Civil Veterinary Dept. Bombay admin report 1907-1913 - 1907-1913
Year: 1907
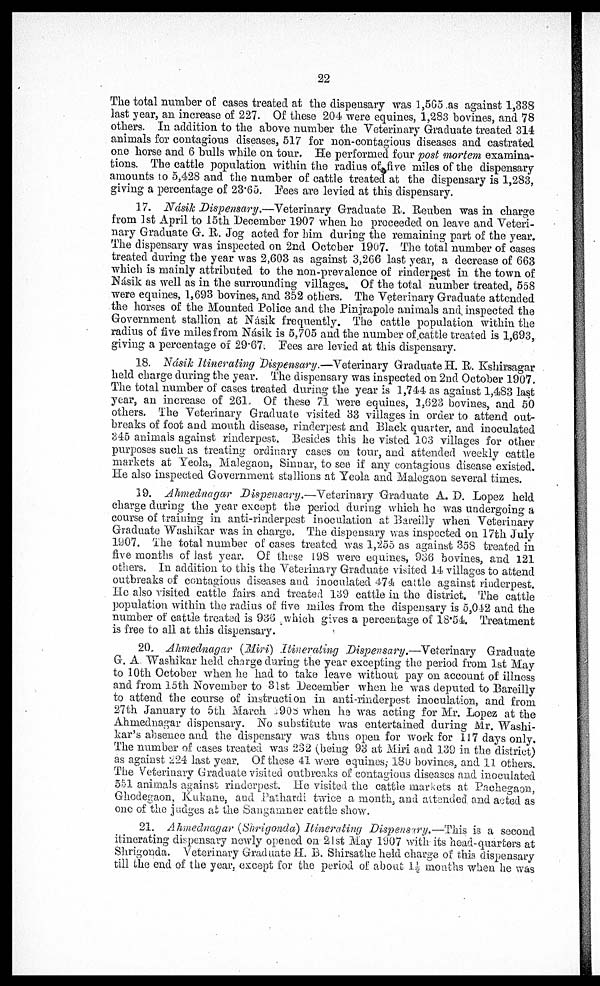
22
The total number of eases treated at the dispensary was 1,565 as against 1,338
last year, an increase of 227. Of these 204 were equines, 1,283 bovines, and 78
others. In addition to the above number the Veterinary Graduate treated 314
animals for contagious diseases, 517 for non-contagious diseases and castrated
one horse and 6 bulls while on tour. He performed four post mortem examina-
tions. The cattle population within the radius of five miles of the dispensary
amounts to 5,428 and the number of cattle treated at the dispensary is 1,283,
giving a percentage of 23.65. Fees are levied at this dispensary.
17. Násik Dispensary.—Veterinary Graduate R. Reuben was in charge
from 1st April to 15th December 1907 when he proceeded on leave and Veteri-
nary Graduate G. R. Jog acted for him during the remaining part of the year.
The dispensary was inspected on 2nd October 1907. The total number of cases
treated during the year was 2,603 as against 3,266 last year, a decrease of 663
which is mainly attributed to the non-prevalence of rinderpest in the town of
Násik as well as in the surrounding villages. Of the total number treated, 558
were equines, 1,693 bovines, and 352 others. The Veterinary Graduate attended
the horses of the Mounted Police and the Pinjrapole animals and. inspected the
Government stallion at Násik frequently. The cattle population within the
radius of five miles from Násik is 5,705 and the number of cattle treated is 1,693,
giving a percentage of 29.67. Pees are levied at this dispensary.
18. Násik Itinerating Dispensary.—Veterinary Graduate H. R. Kshirsagar
held charge during the year. The dispensary was inspected on 2nd October 1907.
The total number of cases treated during the year is 1,744 as against 1,483 last
year, an increase of 261. Of these 71 were equines, 1,623 bovines, and 50
others. The Veterinary Graduate visited 33 villages in order to attend out-
breaks of foot and mouth disease, rinderpest and Black quarter, and inoculated
345 animals against rinderpest. Besides this he visted 103 villages for other
purposes such as treating ordinary cases on tour, and attended weekly cattle
markets at Yeola, Malegaon, Sinnar, to see if any contagious disease existed.
He also inspected Government stallions at Yeola and Malegaon several times.
19. Ahmednagar Dispensary.—Veterinary Graduate A. D. Lopez held
charge during the year except the period during which he was undergoing a
course of training in anti-rinderpest inoculation at Bareilly when Veterinary
Graduate Washikar was in charge. The dispensary was inspected on 17th July
1907. The total number of cases treated was 1,255 as against 358 treated in
five months of last year. Of these 198 were equines, 936 bovines, and 121
others. In addition to this the Veterinary Graduate visited 14 villages to attend
outbreaks of contagious diseases and inoculated 474 cattle against rinderpest.
He also visited cattle fairs and treated 139 cattle in the district. The cattle
population within the radius of five miles from the dispensary is 5,042 and the
number of cattle treated is 936 which gives a percentage of 18.54. Treatment
is free to all at this dispensary.
20. Ahmednagar (Miri) Itinerating Dispensary.—Veterinary Graduate
G. A, Washikar held charge during the year excepting the period from 1st May
to 10th October when he had to take leave without pay on account of illness
and from 15th November to 31st December when he was deputed to Bareilly
to attend the course of instruction in anti-rinderpest inoculation, and from
27th January to 5th March 1905 when he was acting for Mr. Lopez at the
Ahmednagar dispensary. No substitute was entertained during Mr. Washi-
kar's absence and the dispensary was thus open for work for 117 days only.
The number of eases treated was 232 (being 93 at Miri and 139 in. the district)
as against 224 last year. Of these 41 were equines; 180 bovines, and 11 others.
The Veterinary Graduate visited outbreaks of contagious diseases and inoculated
551 animals against rinderpest. He visited the cattle markets at Pachegaon,
Ghodegaon, Kukane, and Pathardi twice a month, and attended and acted as
one of the judges at the Sangamner cattle show.
21. Ahmednagar (Shrigonda) Itinerating Dispensary.—This is a second
itinerating dispensary newly opened on 21st May 1907 with its head-quarters at
Shrigonda. Veterinary Graduate H. B. Shirsathe held charge of this dispensary
till the end of the year, except for the period of about 1½ months when he was